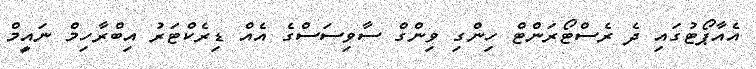
އެއާޕޯޓުގައި ދެ ރެސްޓޯރަންޓް ހިންގި ވިންގް ސާވިސަސްގެ އެއް ޑިރެކްޓަރު އިބްރާހިމް ނައީމް